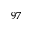
^ { 9 7 }